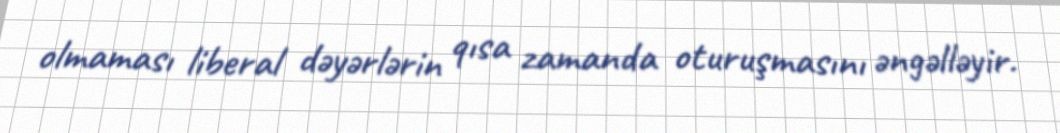
olmaması liberal dəyərlərin qısa zamanda oturuşmasını əngəlləyir.